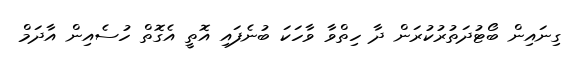
ގިނައިން ބޯޓުދަތުރުކުރަން ދާ ހިތްވާ ވާހަކަ ބުނެފައި އޮތީ އެގޮތް ހުސެއިން އާދަމް